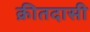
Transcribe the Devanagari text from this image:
क्रीतदासी